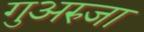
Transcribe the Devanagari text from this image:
गुअरुजा